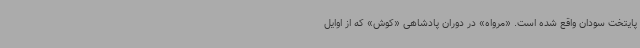
پایتخت سودان واقع شده است. «مرواه» در دوران پادشاهی «کوش» که از اوایل